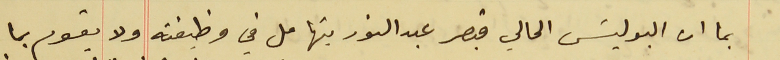
بما ان البوليسَ الحالي قيصر عبد النور يتهامل في وظيفته ولا يقوم بما